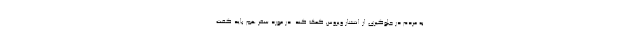
به مردم در جلوگیری از انتشار ویروس کمک کند. در مورد سفر هم باید گفت